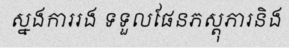
ស្នងការរង ទទួលផែនភស្តុភារនិង